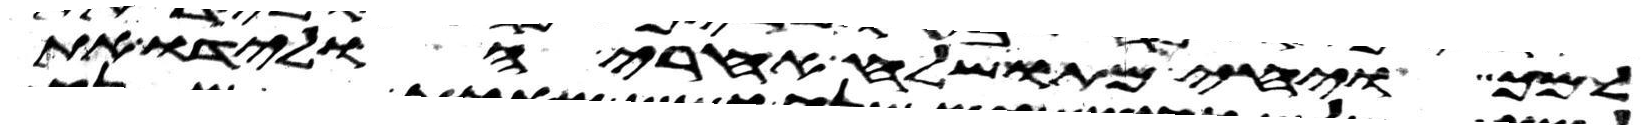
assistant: למך ויחי מתושלח אחרי הולידו את